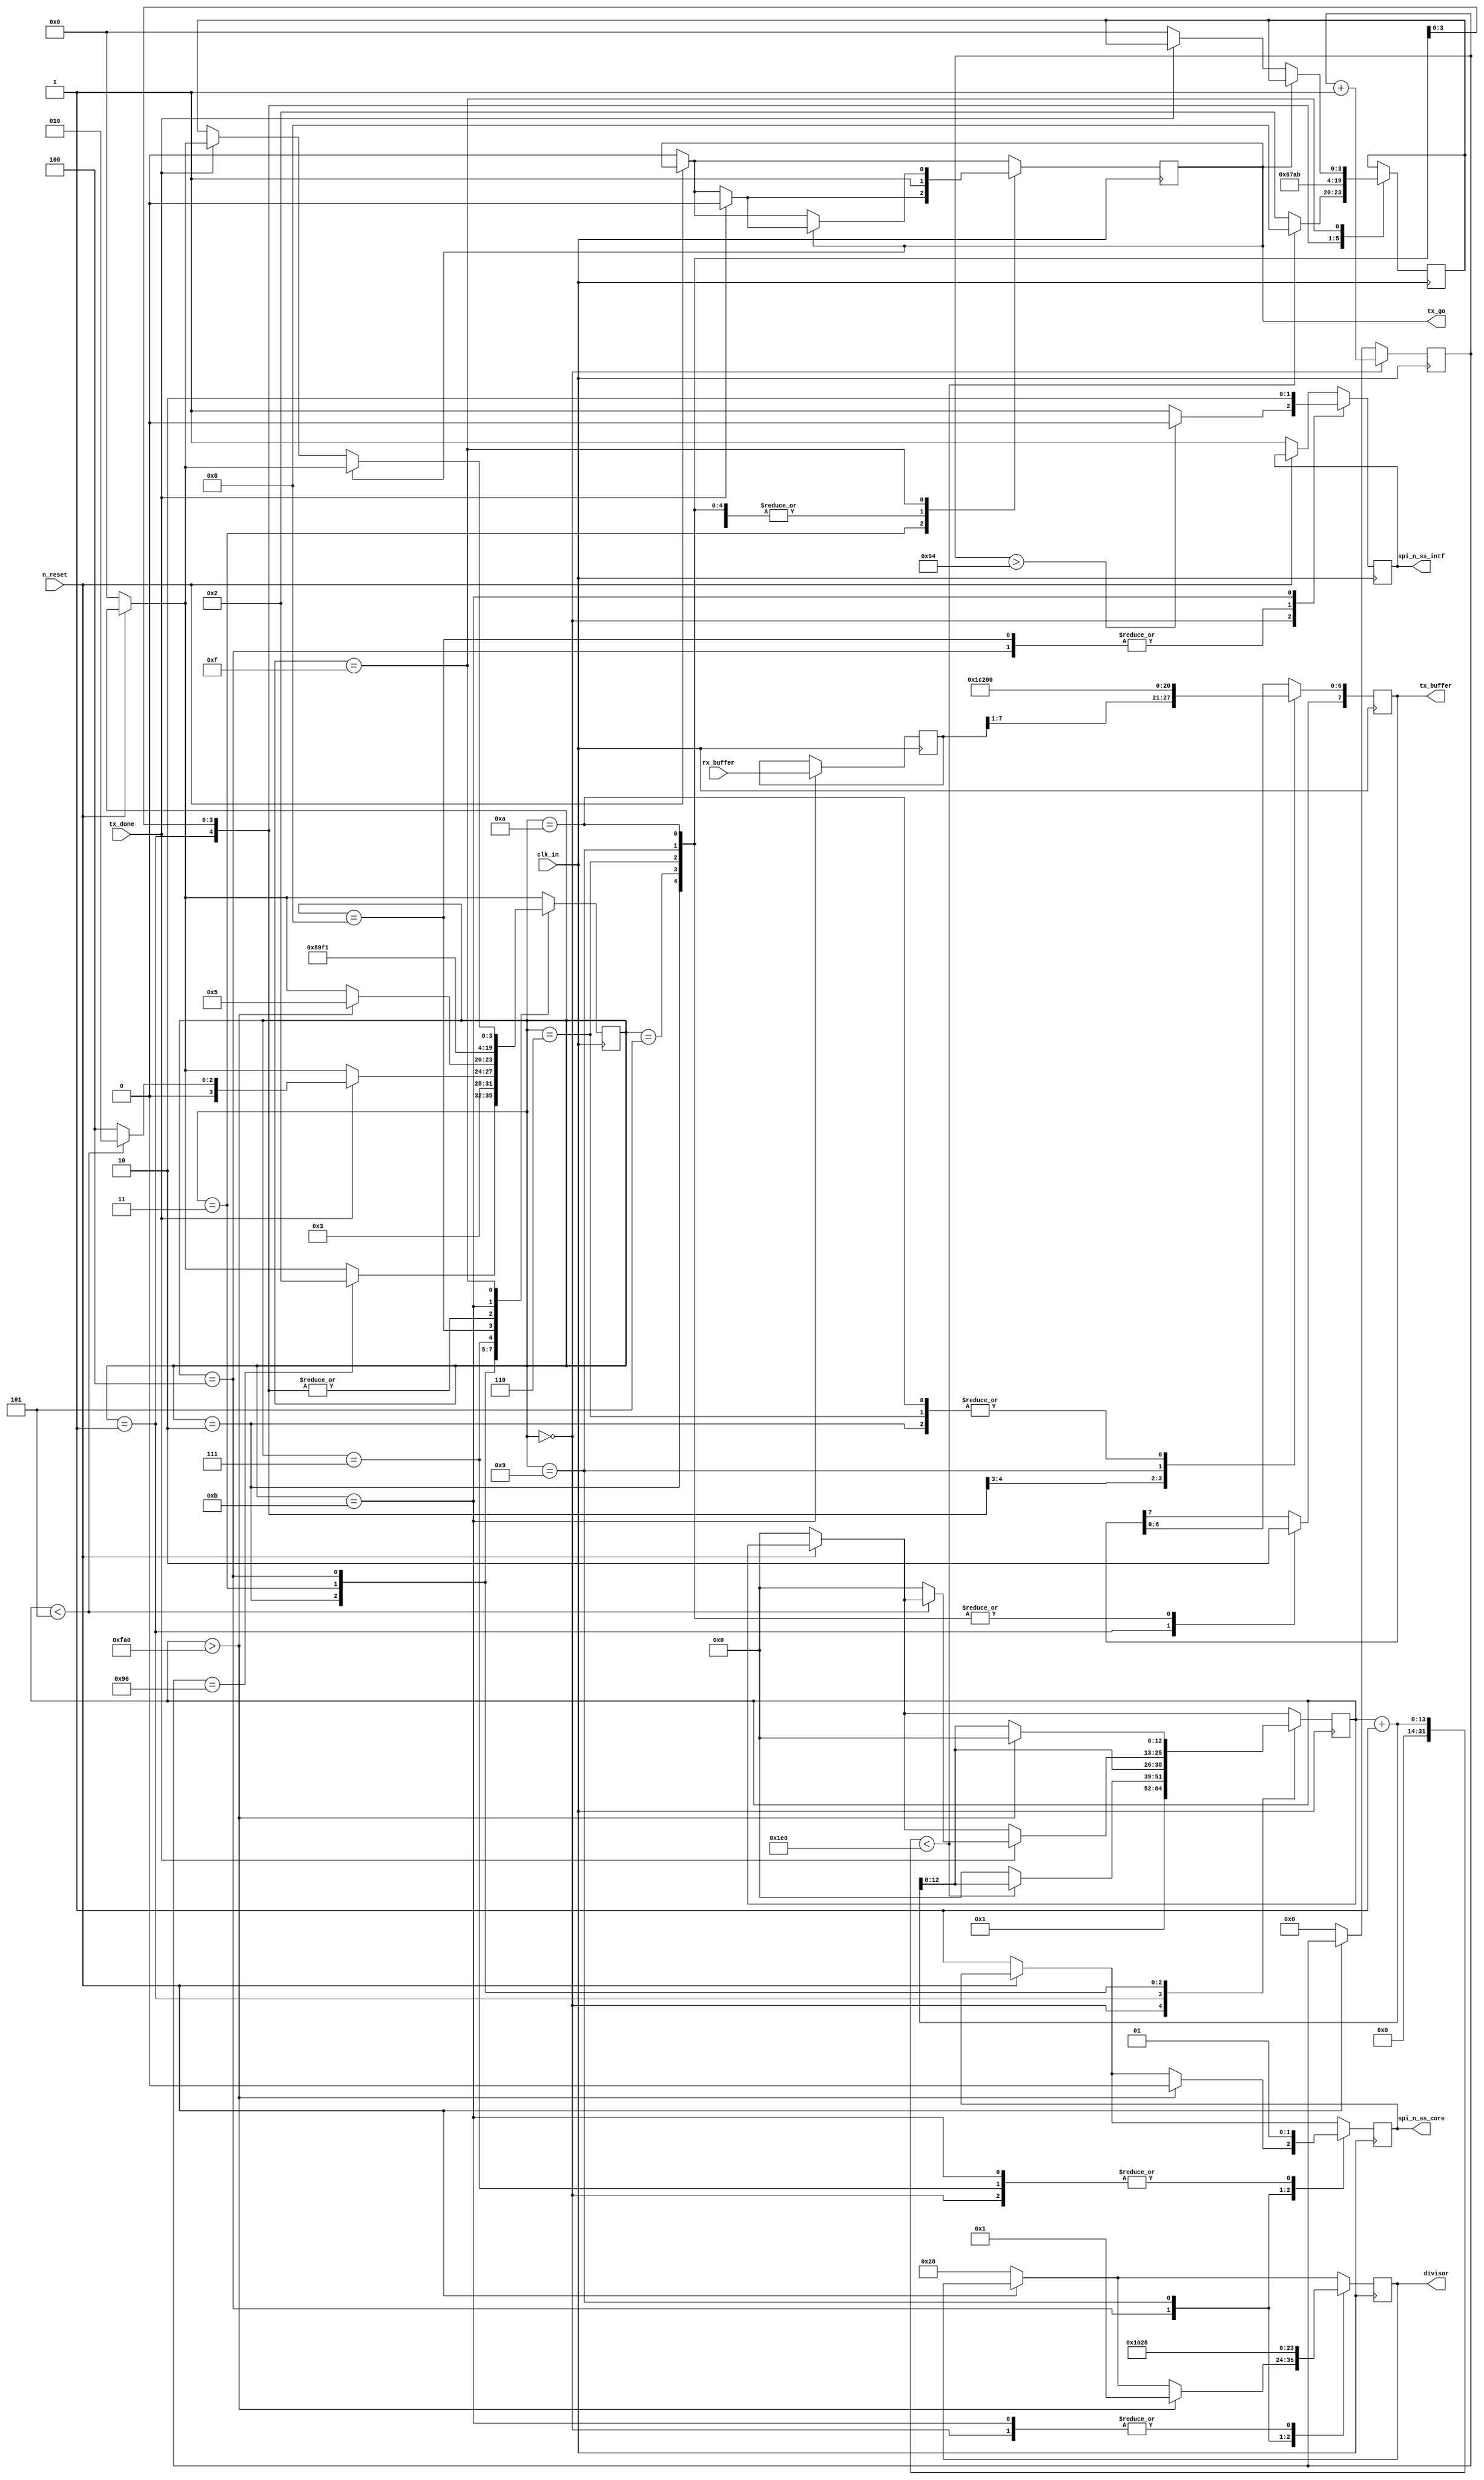
module IOSPIOutputController(clk_in, n_reset, divisor, tx_go, tx_done,
							 spi_n_ss_core, spi_n_ss_intf,
						     tx_buffer, rx_buffer);
	
	input				clk_in;
	input				n_reset;
	output reg	[11:0]	divisor;
	output reg			tx_go;
	input				tx_done;
	output reg			spi_n_ss_core;
	output reg			spi_n_ss_intf;
	output reg	[7:0]	tx_buffer;
	input		[7:0]	rx_buffer;
	
	reg			[3:0]	state;
	reg			[3:0]	next_state;
	reg			[12:0]	next_channel;
	reg			[32:0]	startup_delay;
	reg			[7:0]	data_to_output;
	
	`define	SPI_OUT_INIT				4'b0000
	`define SPI_OUT_TXDATA				4'b0001
	`define SPI_OUT_LATCH				4'b0010
	`define SPI_OUT_WAIT_LAT			4'b0011
	`define SPI_OUT_IPD					4'b0100
	`define SPI_OUT_INITCORE_CMD		4'b0101
	`define SPI_OUT_INITCORE_ARG		4'b0110
	`define SPI_OUT_INITCORE_FINISH 	4'b0111
	`define SPI_OUT_DATAFETCH_INIT		4'b1000
	`define SPI_OUT_DATAFETCH_CMD		4'b1001
	`define SPI_OUT_DATAFETCH_ARG		4'b1010
	`define SPI_OUT_DATAFETCH_FINISH	4'b1011
	`define SPI_OUT_WAIT_TXDONE			4'b1111
	
	`define CORE_CMD_SETPTR		8'b00000111
	`define CORE_CMD_READNEXT	8'b00000100
	
	`define SPI_SPEED_CORE		12'b000000000001
	`define SPI_SPEED_IO		12'b000000101000
	
	initial begin
		next_channel	<= 8'b00000000;
		tx_go			<= 1'b0;
		state			<= `SPI_OUT_INIT;
		divisor			<= `SPI_SPEED_IO;
		spi_n_ss_core	<= 1'b1;
		spi_n_ss_intf	<= 1'b1;
		startup_delay   <= 1'b0;
	end
	
	always @ (negedge clk_in) begin
		if(n_reset == 1'b0) begin
			tx_go			<= 1'b0;
			next_channel	<= 8'b00000000;
			state 			<= `SPI_OUT_INIT;
			divisor			<= `SPI_SPEED_IO;
			spi_n_ss_core	<= 1'b1;
			spi_n_ss_intf	<= 1'b1;
			startup_delay   <= 1'b0;
		end
		case (state)
			`SPI_OUT_INIT: begin
				divisor		  <= `SPI_SPEED_IO;
				spi_n_ss_core <= 1'b1;
				next_channel  <= 1'b1;
				startup_delay <= startup_delay + 32'd1;
				if(startup_delay > 32'd148) begin
					spi_n_ss_intf <= 1'b0;
				end else begin
					spi_n_ss_intf <= 1'b1;
				end
				if(startup_delay == 32'd150) begin
					state <= `SPI_OUT_LATCH;
				end
			end
			`SPI_OUT_TXDATA: begin
				tx_buffer[6:0] 	<= data_to_output[7:1];
				// LPD8806 takes 7-bit data, MSB must be 1
				tx_buffer[7]	<= 1'b1;
				next_channel 	<= next_channel + 1;
				tx_go		 	<= 1'b1;
				if(next_channel + 1 < 480) begin
					next_state		<= `SPI_OUT_DATAFETCH_INIT;
				end else begin
					next_state		<= `SPI_OUT_LATCH;
					next_channel	<= 1'b0;
				end
				state		 <= `SPI_OUT_WAIT_TXDONE;
			end
			`SPI_OUT_LATCH: begin
				next_channel <= next_channel + 1;
				tx_buffer <= 8'b00000000;
				tx_go     <= 1'b1;
				state	  <= `SPI_OUT_WAIT_LAT;
			end
			`SPI_OUT_WAIT_LAT: begin
				if(tx_done == 1'b1) begin
					tx_go <= 1'b0;
					if(next_channel < 5) begin
						state <= `SPI_OUT_LATCH;
					end else begin
						next_channel <= 0;
						state <= `SPI_OUT_IPD;
					end
				end
			end
			`SPI_OUT_IPD: begin
				spi_n_ss_intf     <= 1'b1;
				next_channel      <= next_channel + 1;
				if(next_channel > 4000) begin
					next_channel  <= 0;
					divisor		  <= `SPI_SPEED_CORE;
					spi_n_ss_core <= 1'b0;
					state 		  <= `SPI_OUT_INITCORE_CMD;
				end
			end
			`SPI_OUT_INITCORE_CMD: begin
				tx_buffer	<= `CORE_CMD_SETPTR;
				tx_go		<= 1'b1;
				next_state	<= `SPI_OUT_INITCORE_ARG;
				state		<= `SPI_OUT_WAIT_TXDONE;
			end
			`SPI_OUT_INITCORE_ARG: begin
				tx_buffer	<= 8'b00000000;
				tx_go		<= 1'b1;
				next_state	<= `SPI_OUT_INITCORE_FINISH;
				state		<= `SPI_OUT_WAIT_TXDONE;
			end
			`SPI_OUT_INITCORE_FINISH: begin
				spi_n_ss_core 	<= 1'b1;
				state		  	<= `SPI_OUT_DATAFETCH_INIT;
			end
			`SPI_OUT_DATAFETCH_INIT: begin
				spi_n_ss_intf	<= 1'b1;
				state			<= `SPI_OUT_DATAFETCH_CMD;
			end
			`SPI_OUT_DATAFETCH_CMD: begin
				tx_buffer		<= `CORE_CMD_READNEXT;
				spi_n_ss_core 	<= 1'b0;
				tx_go			<= 1'b1;
				divisor			<= `SPI_SPEED_CORE;
				next_state		<= `SPI_OUT_DATAFETCH_ARG;
				state			<= `SPI_OUT_WAIT_TXDONE;
			end
			`SPI_OUT_DATAFETCH_ARG: begin
				tx_buffer	<= 8'b00000000;
				tx_go		<= 1'b1;
				next_state	<= `SPI_OUT_DATAFETCH_FINISH;
				state		<= `SPI_OUT_WAIT_TXDONE;
			end
			`SPI_OUT_DATAFETCH_FINISH: begin
				data_to_output	<= rx_buffer;
				divisor			<= `SPI_SPEED_IO;
				spi_n_ss_core	<= 1'b1;
				spi_n_ss_intf	<= 1'b0;
				state			<= `SPI_OUT_TXDATA;
			end
			`SPI_OUT_WAIT_TXDONE: begin
				if(tx_go == 1'b1) begin
					// first wait for done to go high, and lower go
					if(tx_done == 1'b1) begin
						tx_go <= 1'b0;
					end
				end else begin
					// now we've lowered go, we wait for done to go low to complete the handshake
					if(tx_done == 1'b0) begin
						state 		<= next_state;
						next_state	<= 2'b00;
					end
				end
			end
		endcase
	end
endmodule